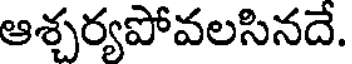
ఆశ్చర్యపోవలసినదే.